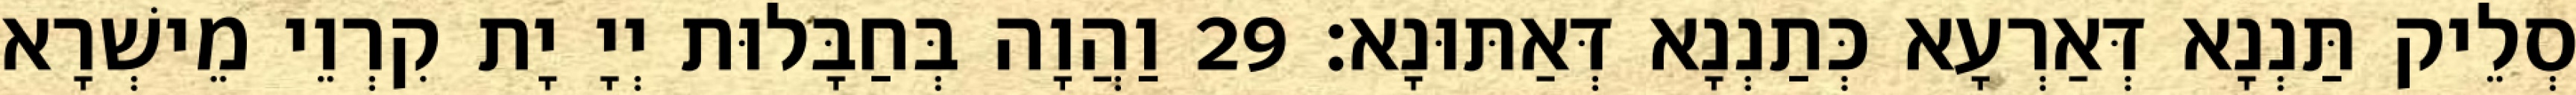
סְלֵיק תַּנְנָא דְּאַרְעָא כְּתַנְנָא דְּאַתּוּנָא׃ 29 וַהֲוָה בְּחַבָּלוּת יְיָ יָת קִרְוֵי מֵישְׁרָא